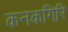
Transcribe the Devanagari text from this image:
कनकगिरि